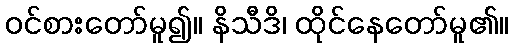
ဝင်စားတော်မူ၍။ နိသီဒိ၊ ထိုင်နေတော်မူ၏။